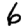
Digit: 6